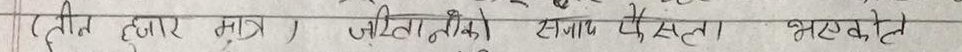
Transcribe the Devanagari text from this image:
ती हजार मात्र / जीवानिको हाम पर्सा भएकोले।